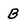
Character: B